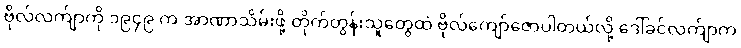
ဗိုလ်လက်ျာကို ၁၉၄၉ က အာဏာသိမ်းဖို့ တိုက်တွန်းသူတွေထဲ ဗိုလ်ကျော်ဇောပါတယ်လို့ ဒေါ်ခင်လက်ျာက